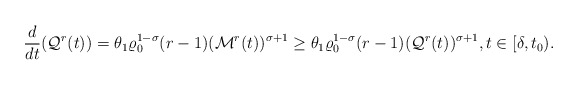
\begin{align*}\frac{d}{dt}(\mathcal{Q}^{r}(t)) = \theta_{1}\varrho_{0}^{1-\sigma}(r-1)(\mathcal{M}^{r}(t))^{\sigma+1} \ge \theta_{1}\varrho_{0}^{1-\sigma}(r-1)(\mathcal{Q}^{r}(t))^{\sigma+1},t\in[\delta,t_{0}).\end{align*}